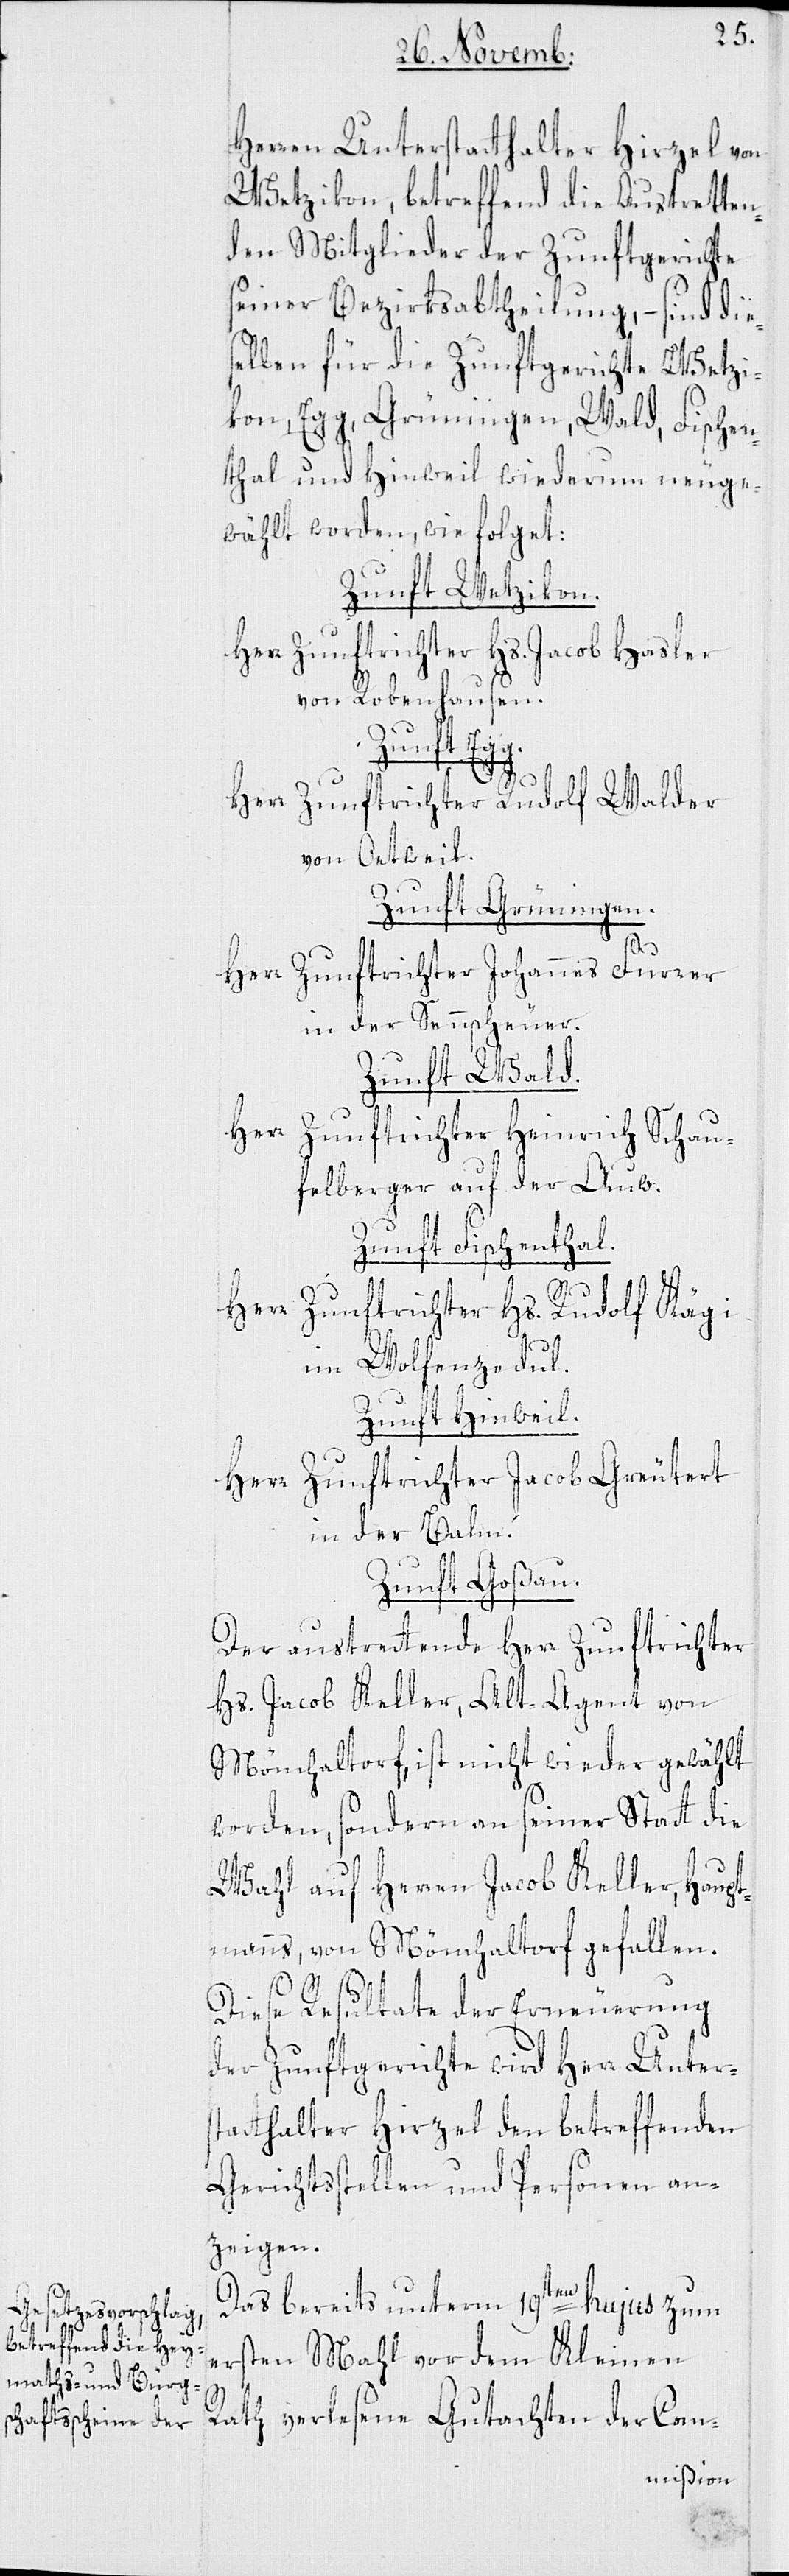
Herren Unterstatthalter Hirzel von
Wetzikon, betreffend die Austrette¬
nden Mitglieder der Zunftgerichte
seiner Bezirksabtheilung, – sind die¬
selben für die Zunftgerichte Wetzi¬
kon, Egg, Grüningen, Wald, Fischen¬
thal und Hinweil wiederum neuge¬
wählt worden, wie folget:
Zunft Wetzikon.
Herr Zunftrichter Hs. Jacob Hasler
von Robenhausen.
Zunft Egg.
Herr Zunftrichter Rudolf Walder
von Oetweil.
Zunft Grüningen.
Herr Zunftrichter Johannes Furrer
in der Sennscheuer.
Zunft Wald.
Herr Zunftrichter Heinrich Schau¬
felberger auf der Auw.
Zunft Fischenthal.
Herr Zunftrichter Hs. Rudolf Kägi
im Wolfenzedul.
Zunft Hinwil.
Herr Zunftrichter Jacob Greutert
in der Balm.
Zunft Goßau.
Der austrettende Herr Zunftrichter
Hs. Jacob Keller, Alt-Agent von
Mönchaltorf, ist nicht wieder gewählt
worden, sondern an seiner Statt die
Wahl auf Herren Jacob Keller, Haupt¬
manns, von Möchaltorf gefallen.
Diese Resultate der Erneuerung
der Zunftgerichte wird Herr Unters¬
tatthalter Hirzel den betreffenden
Gerichtsstellen und Personen an¬
zeigen.
Das bereits unterm 19ten hujus zum
ersten Mahl vor dem Kleinen
Rath verlesene Gutachten der Com-